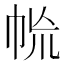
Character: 㡃